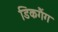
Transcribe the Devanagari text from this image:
डिकगैंग